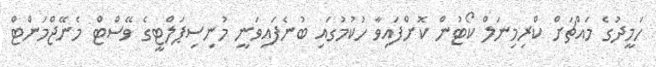
ހަމީދުގެ މައްޗަށް ކްރިމިނަލް ކޯޓުން ކޮށްފައިވާ ހުކުމުގައި ބުނެފައިވަނީ މުނިސިޕަލްޓީގެ ވޭސްޓް މެނޭޖްމަންޓް